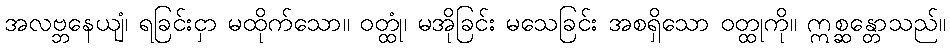
အလဗ္ဘနေယျံ၊ ရခြင်းငှာ မထိုက်သော။ ဝတ္ထုံ၊ မအိုခြင်း မသေခြင်း အစရှိသော ဝတ္ထုကို။ ဣစ္ဆန္တောသည်။